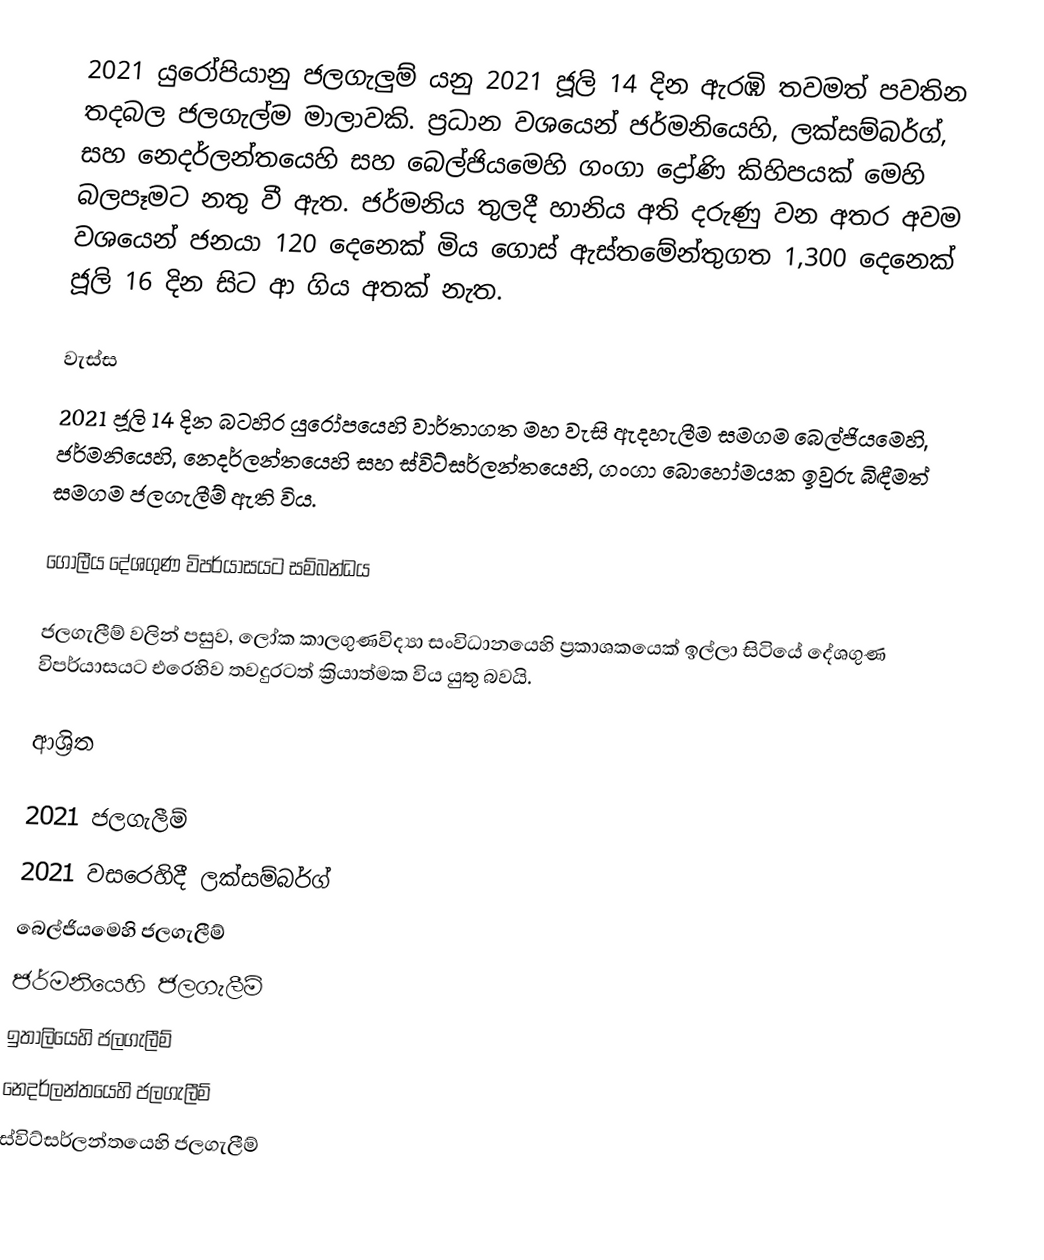
2021 යුරෝපියානු ජලගැලුම් යනු 2021 ජූලි 14 දින ඇරඹි තවමත් පවතින තදබල ජලගැල්ම මාලාවකි. ප්‍රධාන වශයෙන් ජර්මනියෙහි, ලක්සම්බර්ග්, සහ නෙදර්ලන්තයෙහි සහ බෙල්ජියමෙහි  ගංගා ද්‍රෝණි කිහිපයක් මෙහි බලපෑමට නතු වී ඇත. ජර්මනිය තුලදී හානිය අති දරුණු වන අතර අවම වශයෙන් ජනයා 120 දෙනෙක් මිය ගොස් ඇස්තමේන්තුගත 1,300  දෙනෙක් ජූලි 16 දින සිට ආ ගිය අතක් නැත.

වැස්ස
2021 ජූලි 14 දින බටහිර යුරෝපයෙහි වාර්තාගත මහ වැසි ඇදහැලීම සමගම බෙල්ජියමෙහි, ජර්මනියෙහි, නෙදර්ලන්තයෙහි සහ ස්විට්සර්ලන්තයෙහි, ගංගා බොහෝමයක ඉවුරු බිඳීමත් සමගම ජලගැලීම් ඇති විය.

ගෝලීය දේශගුණ විපර්යාසයට සම්බන්ධය

ජලගැලීම් වලින් පසුව,  ලෝක කාලගුණවිද්‍යා සංවිධානයෙහි ප්‍රකාශකයෙක් ඉල්ලා සිටියේ දේශගුණ විපර්යාසයට එරෙහිව තවදුරටත් ක්‍රියාත්මක විය යුතු බවයි.

ආශ්‍රිත

2021 ජලගැලීම්
2021 වස‌රෙහිදී ලක්සම්බර්ග්
බෙල්ජියමෙහි ජලගැලීම්
 ජර්මනියෙහි ජලගැලීම්
ඉතාලියෙහි ජලගැලීම්
නෙදර්ලන්තයෙහි ජලගැලීම්
ස්විට්සර්ලන්තයෙහි ජලගැලීම්